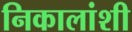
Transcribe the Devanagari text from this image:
निकालांशी